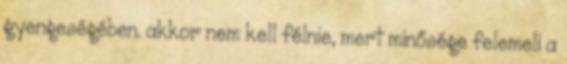
gyengeségében. akkor nem kell félnie, mert minősége felemeli a